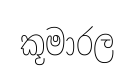
කූමාරල